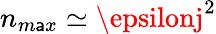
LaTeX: n_{m\mathsf{a}x}\simeq\epsilonj^{2}